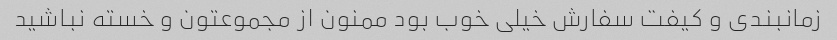
زمانبندی و کیفت سفارش خیلی خوب بود ممنون از مجموعتون و خسته نباشید